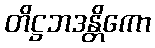
တိဋ္ဌဘဒန္တိကော